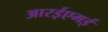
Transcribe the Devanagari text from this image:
आरईएमई